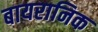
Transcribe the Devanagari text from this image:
बायरानिक